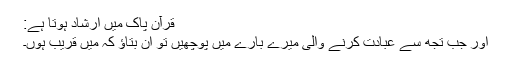
قرآن پاک میں ارشاد ہوتا ہے:
اور جب تجھ سے عبادت کرنے والی میرے بارے میں پوچھیں تو ان بتاؤ کہ میں قریب ہوں۔